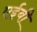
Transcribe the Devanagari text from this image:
एईबी